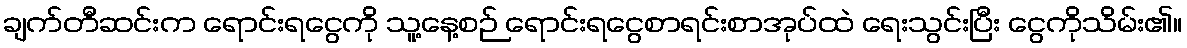
ချက်တီဆင်းက ရောင်းရငွေကို သူ့နေ့စဉ် ရောင်းရငွေစာရင်းစာအုပ်ထဲ ရေးသွင်းပြီး ငွေကိုသိမ်း၏။